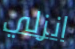
انزلي